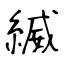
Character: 縅